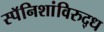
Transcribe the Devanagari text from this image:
स्पॅनिशांविरुद्ध